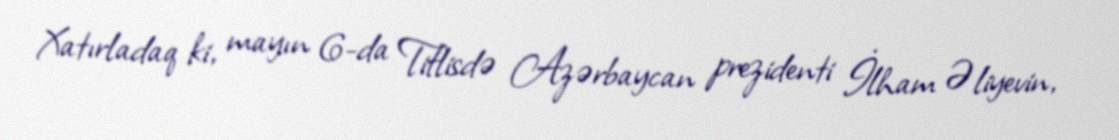
Xatırladaq ki, mayın 6-da Tiflisdə Azərbaycan prezidenti İlham Əliyevin,